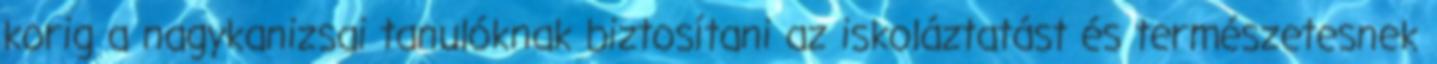
korig a nagykanizsai tanulóknak biztosítani az iskoláztatást és természetesnek